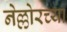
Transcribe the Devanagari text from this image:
नेल्लोरच्या